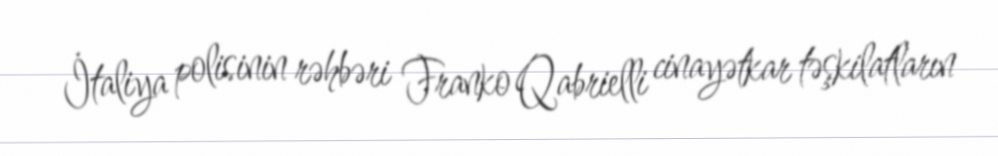
İtaliya polisinin rəhbəri Franko Qabrielli cinayətkar təşkilatların